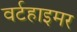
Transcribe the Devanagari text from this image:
वर्टहाइमर